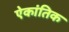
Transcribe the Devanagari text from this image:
ऐकांतिक